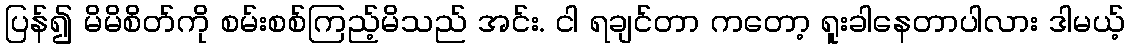
ပြန်၍ မိမိစိတ်ကို စမ်းစစ်ကြည့်မိသည် အင်း. ငါ ရချင်တာ ကတော့ ရူးခါနေတာပါလား ဒါမယ့်